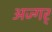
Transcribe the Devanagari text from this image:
अज्गर्